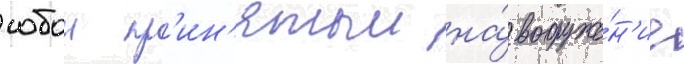
собои пр'ин'ятыи на́ вооруже́н'ие